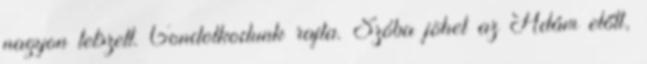
nagyon tetszett. Gondolkodunk rajta. Szóba jöhet az Ádám előtt,